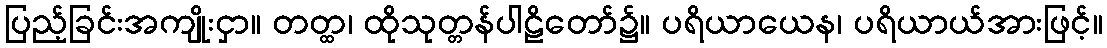
ပြည့်ခြင်းအကျိုးငှာ။ တတ္ထ၊ ထိုသုတ္တန်ပါဠိတော်၌။ ပရိယာယေန၊ ပရိယာယ်အားဖြင့်။